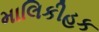
માલિકીહક